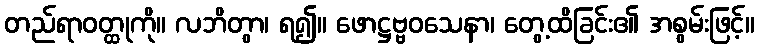
တည်ရာဝတ္ထုကို။ လဘိတွာ၊ ရ၍။ ဖောဋ္ဌဗ္ဗဝသေနာ၊ တွေ့ထိခြင်း၏ အစွမ်းဖြင့်။